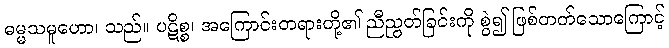
ဓမ္မသမူဟော၊ သည်။ ပဋိစ္စ၊ အကြောင်းတရားတို့၏ ညီညွတ်ခြင်းကို စွဲ၍ ဖြစ်တတ်သောကြောင့်